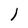
Character: I